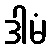
ဒါမံ